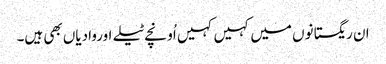
ان ریگستانوں میں کہیں کہیں اُونچے ٹیلے اوروادیاں بھی ہیں۔